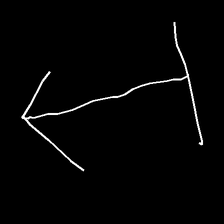
Glyph: levitation